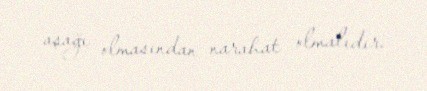
aşağı olmasından narahat olmalıdır.